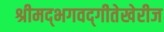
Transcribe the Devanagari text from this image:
श्रीमद्‌भगवद्‌गीतेखेरीज